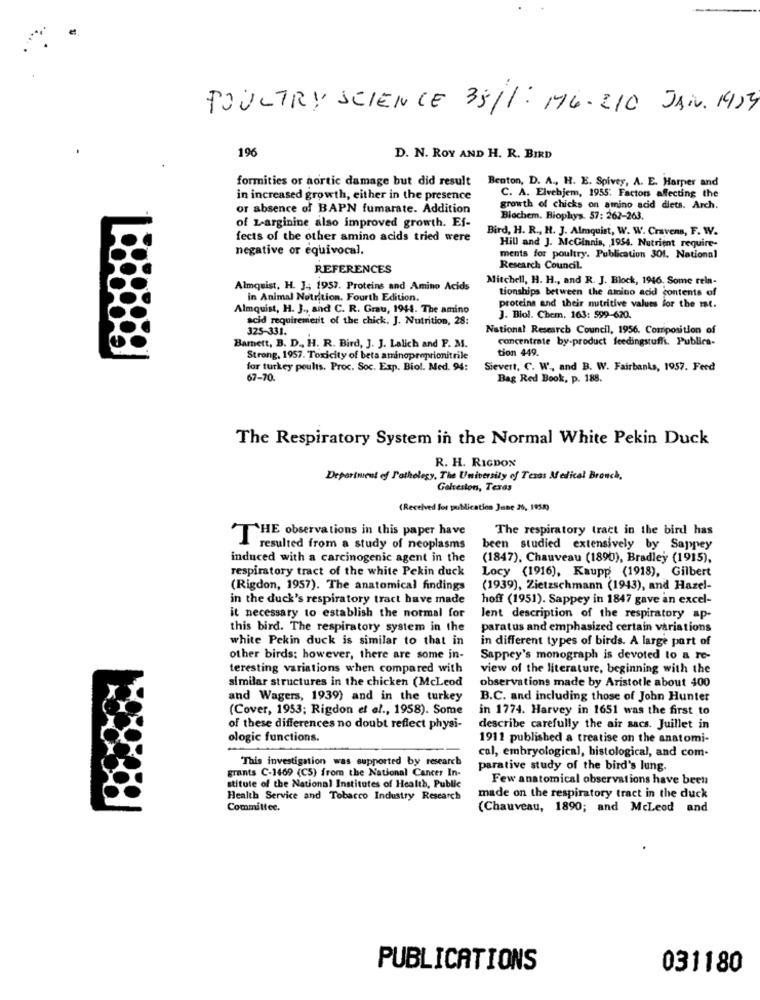
POULTRY SCIENCE 35/1: 16-210 JAN. 195
196
D. N. ROY AND H. R. BIRD
formities or aortic damage but did result
Benton, D. A ., H. E. Spivey, A. E. Harper and
in increased growth, either in the presence
C. A. Elvehjem, 1955: Factors affecting the
or absence of BAPN fumarate. Addition
growth of chicks on amino acid diets. Arch.
Biochem. Biophys. 57: 262-263.
of L-arginine also improved growth. Ef-
Bird, H. R ., H. J. Almquist, W. W. Cravens, F. W.
fects of the other amino acids tried were
negative or equivocal.
Hill and J. McGinnis, 1954. Nutrient require-
ments for poultry. Publication 301. National
REFERENCES
Research Council.
Mitchell, H. H ., and R. J. Block, 1946. Some rela-
Almquist, H. J. 1957. Proteins and Amino Acids
tionships between the amino acid contents of
in Animal Nutrition. Fourth Edition.
Almquist, H. J ., and C. R. Grau, 1944. The amino
proteins and their nutritive values for the mat.
acid requirement of the chick. J. Nutrition, 28:
J. Biol. Chem. 163: 599-620.
325-331.
National Research Council, 1956. Composition of
concentrate by-product feedingstuffs. Publica-
Bamett, B. D ., H. R. Bird, J. J. Lalich and F. M.
tion 449.
Strong, 1957. Toxicity of beta aminoproprionitrile
for turkey poults. Proc. Soc. Exp. Biol. Med. 94:
Sievert, C. W ., and B. W. Fairbanks, 1957. Feed
67-70.
Bag Red Book, p. 188.
The Respiratory System in the Normal White Pekin Duck
R. H. RIGDON
Department of Pathology, The University of Texas Medical Brauch,
Galveston, Texas
(Received los publication June 26, 1950)
The respiratory tract in the bird has
THE observations in this paper have
resulted from a study of neoplasms
been studied extensively by Sappey
induced with a carcinogenic agent in the
(1847), Chauveau (1890), Bradley (1915),
respiratory tract of the white Pekin duck
Locy (1916), Kaupp (1918), Gilbert
(Rigdon, 1957). The anatomical findings
(1939), Zietzschmann (1943), and Hazel-
in the duck's respiratory tract have made
hoff (1951). Sappey in 1847 gave an excel-
it necessary to establish the normal for
lent description of the respiratory ap-
this bird. The respiratory system in the
paratus and emphasized certain variations
white Pekin duck is similar to that in
in different types of birds. A large part of
other birds; however, there are some in-
Sappey's monograph is devoted to a re-
teresting variations when compared with
view of the literature, beginning with the
similar structures in the chicken (McLeod
observations made by Aristotle about 400
and Wagers, 1939) and in the turkey
B.C. and including those of John Hunter
(Cover, 1953; Rigdon et al ., 1958). Some
in 1774. Harvey in 1651 was the first to
of these differences no doubt reflect physi-
describe carefully the air sacs. Juillet in
ologic functions.
1911 published a treatise on the anatomi-
This investigation was supported by research
cal, embryological, histological, and com-
grants C-1469 (CS) from the National Cancer In-
parative study of the bird's lung.
Few anatomical observations have been
stitute of the National Institutes of Health, Public
Health Service and Tobacco Industry Research
made on the respiratory tract in the duck
Committee.
(Chauveau, 1890; and McLeod and
PUBLICATIONS
031180